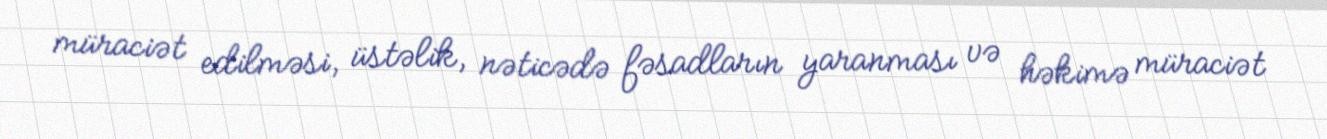
müraciət edilməsi, üstəlik, nəticədə fəsadların yaranması və həkimə müraciət